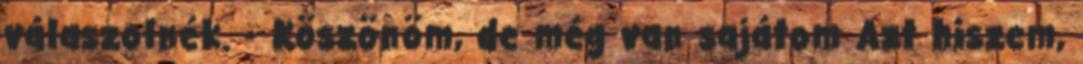
válaszolnék. - Köszönöm, de még van sajátom Azt hiszem,